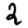
Digit: 2